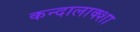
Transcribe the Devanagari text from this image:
कन्दालाक्शा